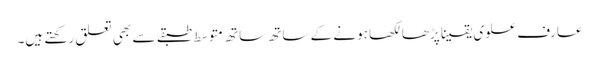
عارف علوی یقینا پڑھا لکھا ہونے کے ساتھ ساتھ متوسط طبقے سے بھی تعلق رکھتے ہیں۔